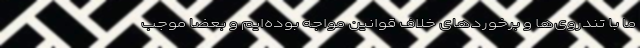
ما با تندروی‌ها و برخوردهای خلاف قوانین مواجه بوده‌ایم و بعضا موجب